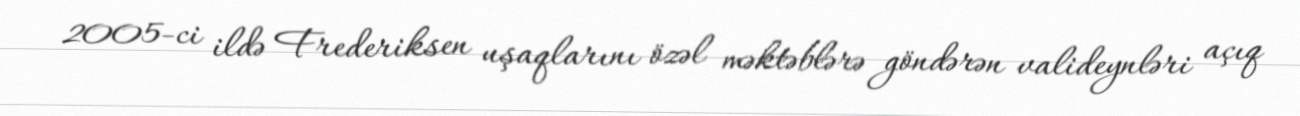
2005-ci ildə Frederiksen uşaqlarını özəl məktəblərə göndərən valideynləri açıq